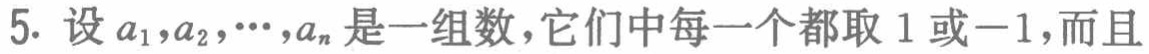
5. 设$a_{1},a_{2},\cdots,a_{n}$是一组数，它们中每一个都取$1$或$-1$，而且